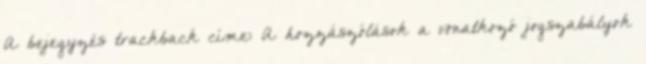
A bejegyzés trackback címe: A hozzászólások a vonatkozó jogszabályok